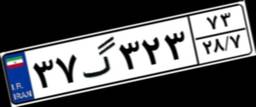
۳۷گ۳۲۳۷۳